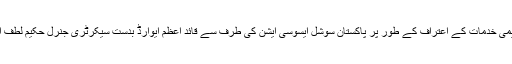
اس موقع پر پرنسپل میاں رفیق احمد وٹو کو گران قدر تعلیمی خدمات کے اعتراف کے طور پر پاکستان سوشل ایسوسی ایشن کی طرف سے قائد اعظم ایوارڈ بدست سیکرٹری جنرل حکیم لطف اللہ، ڈاکٹر شاہد مرتضی چشتی وڈاکٹر شبیر چشتی دیا گیا.